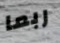
ربما